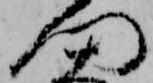
門